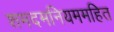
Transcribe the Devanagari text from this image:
शमदमनियममहित